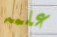
علمه